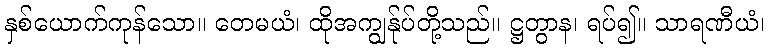
နှစ်ယောက်ကုန်သော။ တေမယံ၊ ထိုအကျွန်ုပ်တို့သည်။ ဋ္ဌတွာန၊ ရပ်၍။ သာရဏီယံ၊